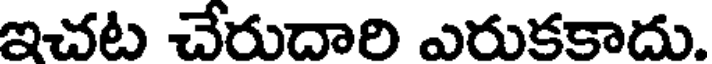
ఇచట చేరుదారి ఎరుకకాదు.